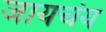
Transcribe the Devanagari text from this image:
जायचंय